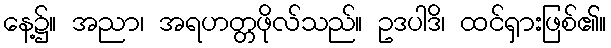
နေ့၌။ အညာ၊ အရဟတ္တဖိုလ်သည်။ ဥဒပါဒိ၊ ထင်ရှားဖြစ်၏။